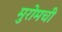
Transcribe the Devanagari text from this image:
मुरोमची